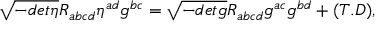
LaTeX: \sqrt { - d e t \eta } R _ { a b c d } \eta ^ { a d } g ^ { b c } = \sqrt { - d e t g } R _ { a b c d } g ^ { a c } g ^ { b d } + ( T . D ) ,